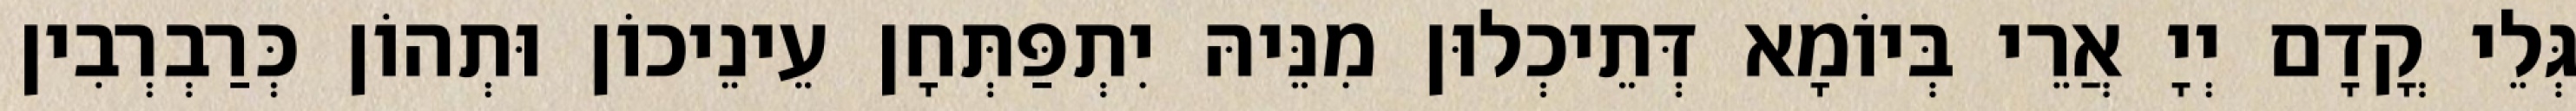
גְּלֵי קֳדָם יְיָ אֲרֵי בְּיוֹמָא דְּתֵיכְלוּן מִנֵּיהּ יִתְפַּתְּחָן עֵינֵיכוֹן וּתְהוֹן כְּרַבְרְבִין